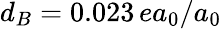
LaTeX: d_{B}=0.023\, ea_{0}/a_{0}